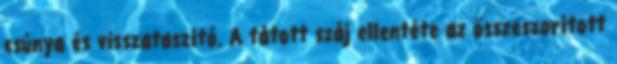
csúnya és visszataszító. A tátott száj ellentéte az összeszorított